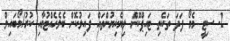
2- ސިޓީ މެމޯ ފަދަ ތަކެތި ޓައިޕްކޮށް ލިޔެކިޔުންތައް ފައިލުކޮށް ބެލެހެއްޓުމާއި ކުރު/މޯބައިލް